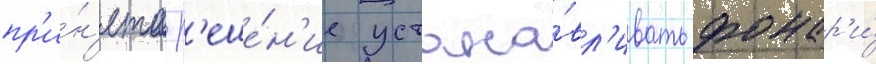
пр'и́н'ято р'еше́н'ие устана́вл'ивать фонар'и́